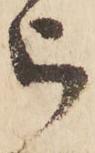
被